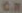
CM